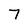
Character: 7